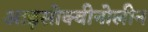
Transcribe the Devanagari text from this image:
आइसोक्वीनोलीन